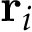
\mathbf { r } _ { i }